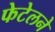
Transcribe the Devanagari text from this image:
फेटेलने